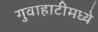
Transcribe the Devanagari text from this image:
गुवाहाटीमध्ये